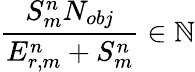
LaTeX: \frac{S_{m}^{n}N_{obj}}{E_{r,m}^{n}+S_{m}^{n}}\in\mathbb{N}